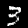
Digit: 3